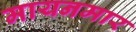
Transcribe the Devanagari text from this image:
मायनमार